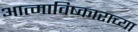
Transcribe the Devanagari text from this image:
आत्माविष्काराच्या